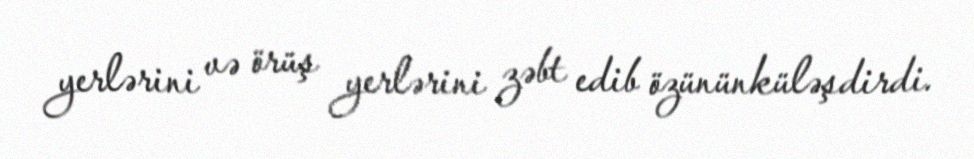
yerlərini və örüş yerlərini zəbt edib özününküləşdirdi.